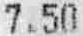
7.50